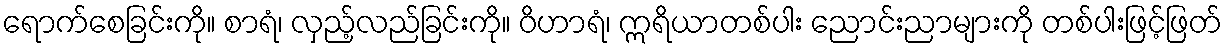
ရောက်စေခြင်းကို။ စာရံ၊ လှည့်လည်ခြင်းကို။ ဝိဟာရံ၊ ဣရိယာတစ်ပါး ညောင်းညာများကို တစ်ပါးဖြင့်ဖြတ်